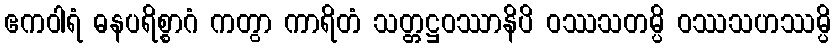
ဧကဝါရံ ဓနပရိစ္စာဂံ ကတွာ ကာရိတံ သတ္တဋ္ဌဝဿာနိပိ ဝဿသတမ္ပိ ဝဿသဟဿမ္ပိ